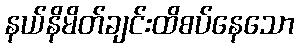
နယ်နိမိတ်ချင်းထိစပ်နေသော